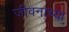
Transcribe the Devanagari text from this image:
जीवना्च्या